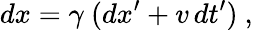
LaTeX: dx=\gamma\ (dx^{\prime}+v\, dt^{\prime})\ ,